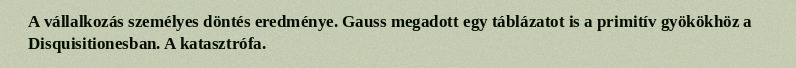
A vállalkozás személyes döntés eredménye. Gauss megadott egy táblázatot is a primitív gyökökhöz a Disquisitionesban. A katasztrófa.